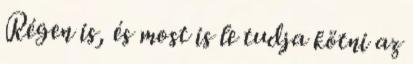
Régen is, és most is le tudja kötni az